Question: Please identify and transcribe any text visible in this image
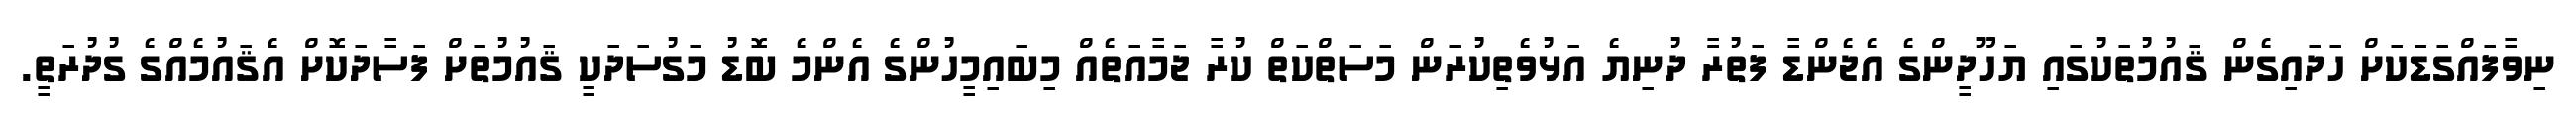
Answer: ނިވާފައްގަޑަކަށް ހަދައިގެން ޤައުމުތަކުގައި ޔަހޫދީންގެ އެޖެންޑާ ފަތުރަާ ދުނިޔެ އަޅުވެތިކުރަން މަސަތްކަތް ކުރާ ޖަމާއަތެއް މިބައިމީހުންގެ އެންމެ ބޮޑު މަގުސަދަކީ ޤައުމުތަށް ފަސާދަކޮށް އެޤައުމެއްގެ ގުދުރަތީ.